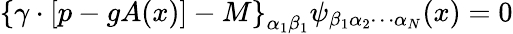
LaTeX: \left\{ \gamma\cdot\left[p-gA(x)\right]-M\right\} _{\alpha_{1}\beta_{1}}\psi_{\beta_{1}\alpha_{2}\cdots\alpha_{N}}(x)=0